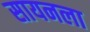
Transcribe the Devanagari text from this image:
सायनला